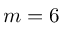
m = 6